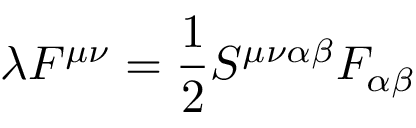
\lambda F ^ { \mu \nu } = \frac { 1 } { 2 } S ^ { \mu \nu \alpha \beta } F _ { \alpha \beta }